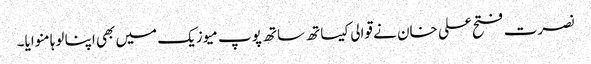
نصرت فتح علی خان نے قوالی کیساتھ ساتھ پوپ میوزیک میں بھی اپنا لوہا منوایا۔